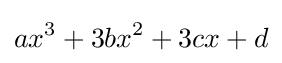
ax^{3}+3bx^{2}+3cx+d